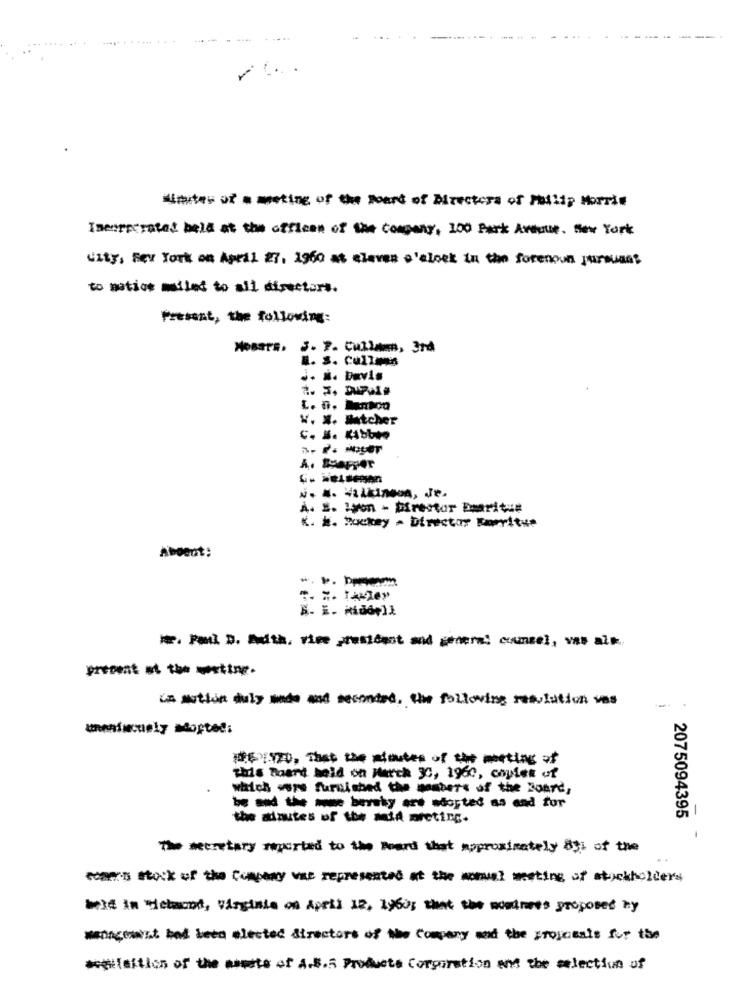
minutes of a meeting of the board of Directors of Philip Morris
Ineerperated held at the officen of the Company, 100 Park Avenue. New York
uity, Bey York on April 27. 1960 at eleven o'clock in the forenoun pursuant
to patios mailed to all directors.
Present, the following:
Nosars. S. 7. Cullama, 3rd
a. S. Cullis
.. N. Davis
W. X. Matcher
N. S. VILLINGon, Je.
A. E. Lyon - Direstur Baaritue
K. K. Buckey - Director Karritue
Aboent:
preont at the metine.
in sution duly sode and secondes, the following resolution vas
whenincuely adopted:
DE:120, That the minutes of the meeting
this Board held on March 30, 1960, copies of
which core furnished the members of the Board,
the adautes of the Mid meting.
2075094395
The secretary reported to the Board that approximately 831 of the
super's stock of the Company van represented at the monuel westing of stockholders
Mit in Helmond, Virginie on April 12, 1960; that the moodnees proposed by
wennest had been elected directors of the Company and the projects for the
#sition of the waste of A.S.5 Products Corporation and the selection of